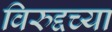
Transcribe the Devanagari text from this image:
विरुद्दच्या